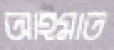
আহমাত